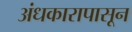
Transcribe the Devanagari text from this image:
अंधकारापासून